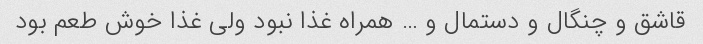
قاشق و چنگال و دستمال و … همراه غذا نبود ولی غذا خوش طعم بود